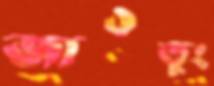
জাওতুং